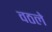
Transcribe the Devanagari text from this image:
वठले